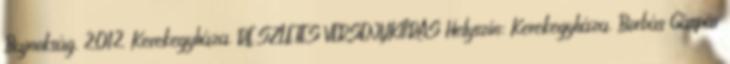
Bajnokság, 2012 Kerekegyháza. RÉSZLETES VERSENYKIÍRÁS Helyszín: Kerekegyháza, Borbás Gáspár